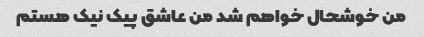
من خوشحال خواهم شد من عاشق پیک نیک هستم